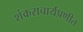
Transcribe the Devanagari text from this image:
शंकराचार्यप्रणीत